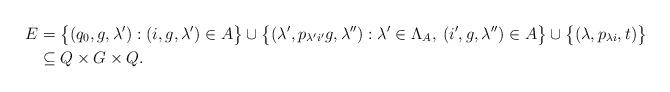
LaTeX: \begin{align*}E &= \bigl\{ (q_0,g,\lambda') : (i,g,\lambda') \in A \bigr\} \cup \bigl\{ (\lambda',p_{\lambda'i'}g,\lambda'') : \lambda' \in \Lambda_A, \:(i',g,\lambda'') \in A \bigr\} \cup \bigl\{ (\lambda,p_{\lambda i},t) \bigr\} \\ &\subseteq Q \times G \times Q.\end{align*}